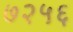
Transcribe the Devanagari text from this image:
७२५६